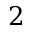
2